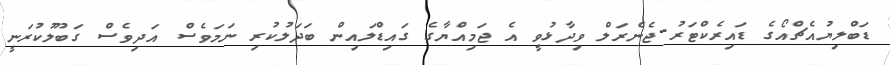
ޑަބްލިޔުއެޗްއޯގެ ޑައިރެކްޓަރު-ޖެނެރަލް ވިދާޅުވީ އެ ޖަމިއްޔާގެ ގައިޑްލައިން ބަދަލުކުރި ނަމަވެސް އަދިވެސް ގަބޫލުކުރަނީ